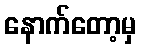
နောက်တော့မှ